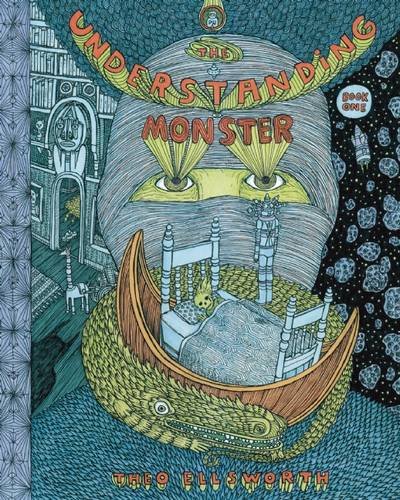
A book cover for The Understanding Monster - Book One; Theo Ellsworth; Science Fiction & Fantasy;